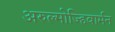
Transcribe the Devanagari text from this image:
अरुल्मोज्हिवार्मन